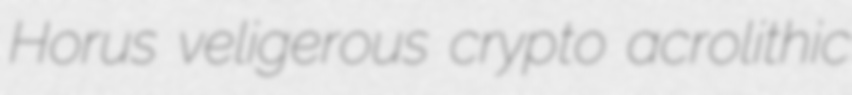
Horus veligerous crypto acrolithic